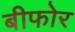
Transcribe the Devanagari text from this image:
बीफोर